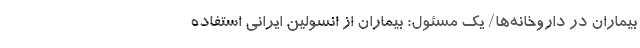
بیماران در داروخانه‌ها/ یک مسئول: بیماران از انسولین ایرانی استفاده